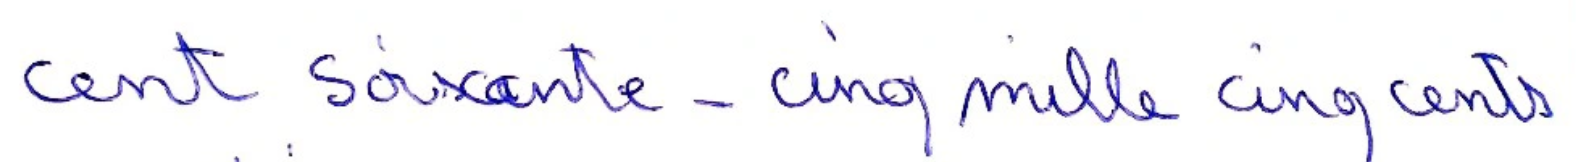
cent soixante-cinq mille cinq cents